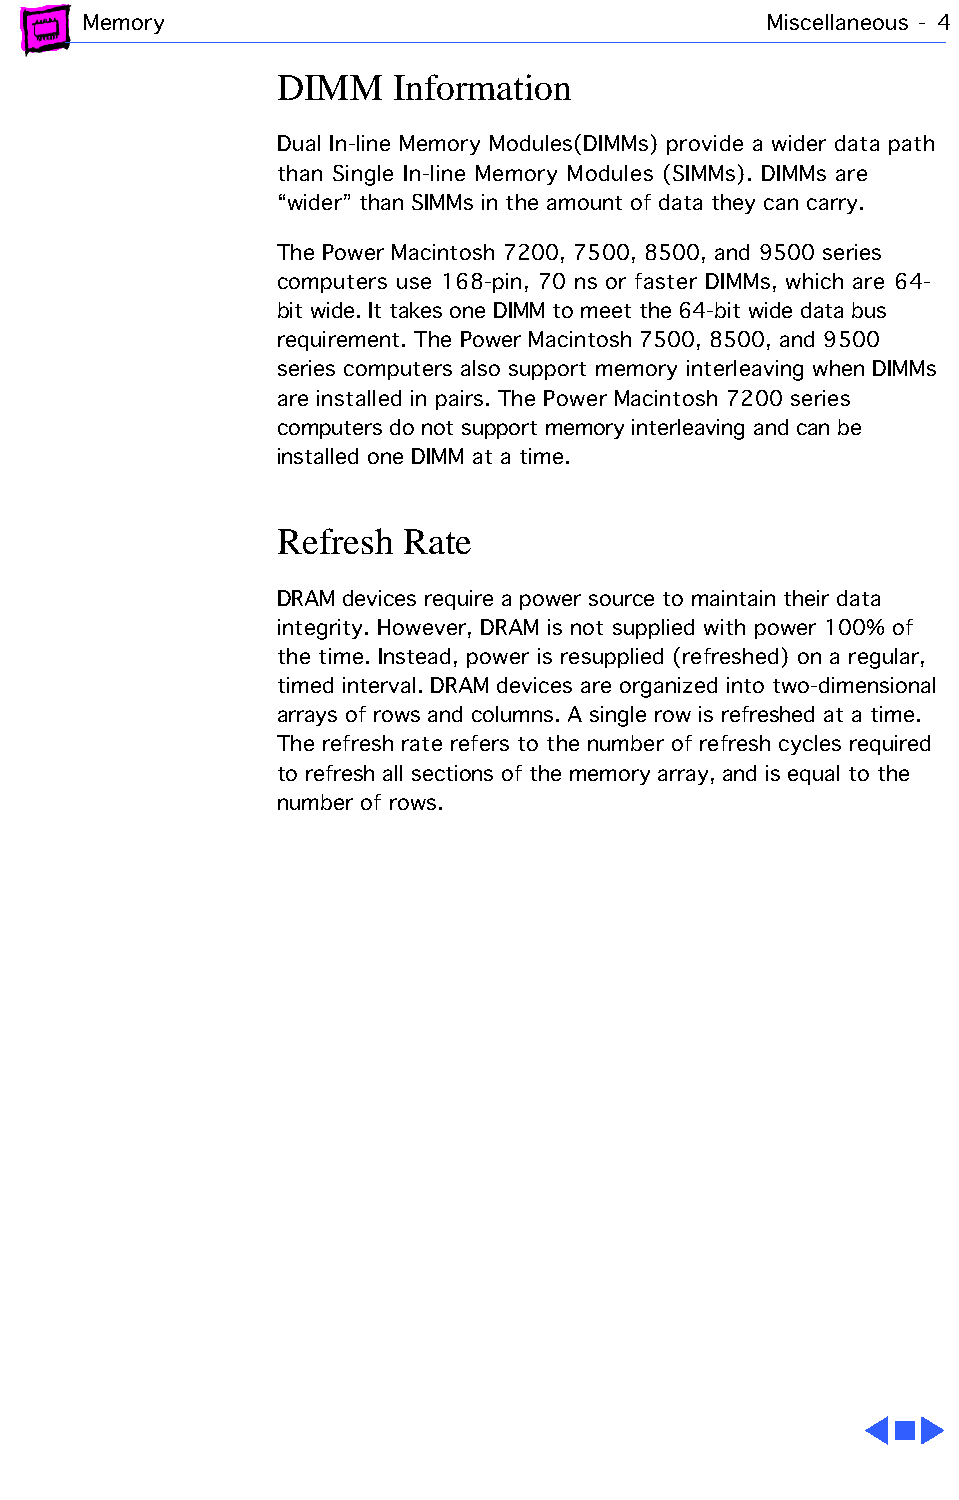
Memory                                       Miscellaneous - 4
 DIMM   Information
 Dual In-line Memory Modules(DIMMs) provide a wider data path
 than Single In-line Memory Modules (SIMMs). DIMMs are
 “wider” than SIMMs in the amount of data they can carry.
 The Power Macintosh 7200, 7500, 8500, and 9500 series
 computers use 168-pin, 70 ns or faster DIMMs, which are 64-
 bit wide. It takes one DIMM to meet the 64-bit wide data bus
 requirement. The Power Macintosh 7500, 8500, and 9500
 series computers also support memory interleaving when DIMMs
 are installed in pairs. The Power Macintosh 7200 series
 computers do not support memory interleaving and can be
 installed one DIMM at a time.
 Refresh Rate
 DRAM devices require a power source to maintain their data
 integrity. However, DRAM is not supplied with power 100% of
 the time. Instead, power is resupplied (refreshed) on a regular,
 timed interval. DRAM devices are organized into two-dimensional
 arrays of rows and columns. A single row is refreshed at a time.
 The refresh rate refers to the number of refresh cycles required
 to refresh all sections of the memory array, and is equal to the
 number of rows.